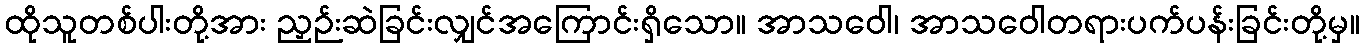
ထိုသူတစ်ပါးတို့အား ညှဉ်းဆဲခြင်းလျှင်အကြောင်းရှိသော။ အာသဝေါ၊ အာသဝေါတရားပက်ပန်းခြင်းတို့မှ။